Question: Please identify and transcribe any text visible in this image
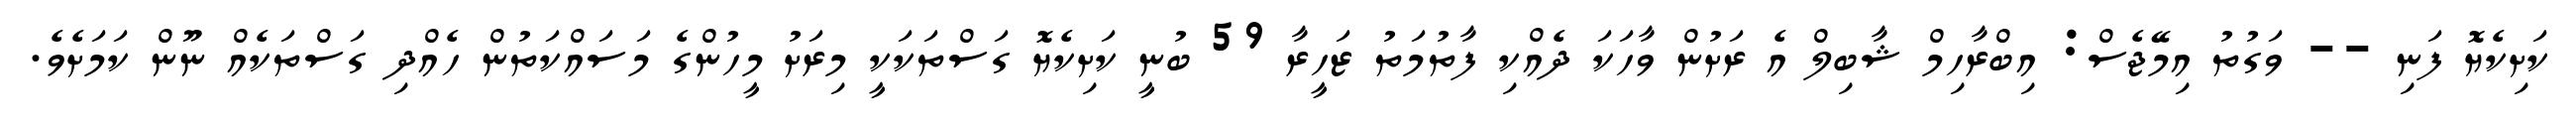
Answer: ކަށިކެޔޮ ފަނި -- ވަގުތު އިމޭޖެސް: އިބްރާހިމް ޝާބިލް އެ ރަށުން ވާހަކަ ދެއްކި ފާތުމަތު ޒަހީރާ 59 ބުނީ ކަށިކެޔޮ ގަސްތަކަކީ މިރަށު މީހުންގެ މަސައްކަތުން ހެއްދި ގަސްތަކެއް ނޫން ކަމަށެވެ.